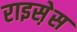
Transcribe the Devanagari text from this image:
राइस़ेस